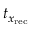
t _ { x _ { \mathrm { r e c } } }